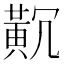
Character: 𪎸